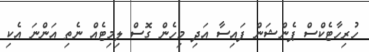
ހުރިހާޓެކްސް ޕެންޝަން ފައިސާ އަދި މިހެން ގޮސް ލިމިޓެއް ނެތި އަންނަ އެކި